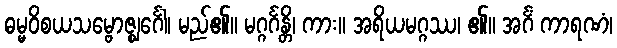
ဓမ္မဝိစယသမ္ဗောဇ္ဈင်္ဂေါ၊ မည်၏။ မဂ္ဂင်္ဂန္တိ၊ ကား။ အရိယမဂ္ဂဿ၊ ၏။ အင်္ဂံ ကာရဏံ၊